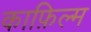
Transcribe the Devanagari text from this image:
काफ़िल्म